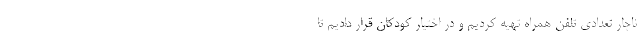
ناچار تعدادی تلفن همراه تهیه کردیم و در اختیار کودکان قرار دادیم تا